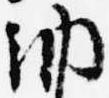
納